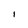
Character: I